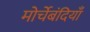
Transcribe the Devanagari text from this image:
मोर्चेबंदियाँ